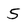
Character: 5